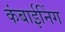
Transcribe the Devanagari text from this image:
कंबाईनिंग